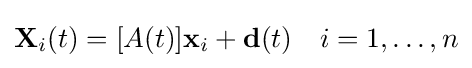
\mathbf {X} _{i}(t)=[A(t)]\mathbf {x} _{i}+\mathbf {d} (t)\quad i=1,\ldots ,n